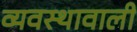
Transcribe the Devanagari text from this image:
व्यवस्थावाली